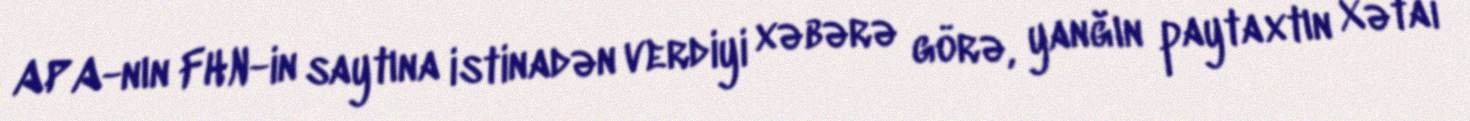
APA-nın FHN-in saytına istinadən verdiyi xəbərə görə, yanğın paytaxtın Xətai